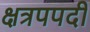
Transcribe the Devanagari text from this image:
क्षत्रपपदी